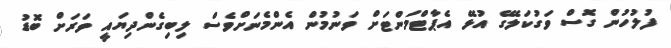
ފުލުހުން ގޮސް ވަގުކަލޭގެ އުޅޭ އެޕާޓްމަންޓަށް ވަނުމުން އެންމެނަށްވެސް ލިބިގެންދިޔައީ ވަރަށް ބޮޑު